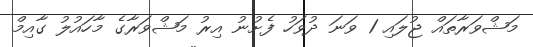
މަޝްވަރާތައް ޖުލައި 1 ވަނަ ދުވަހު ފެށުނު އިރު މަޝްވަރާގެ މާހައުލު ގާއިމް